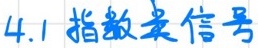
4.1 指数实信号